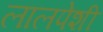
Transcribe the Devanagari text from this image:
लालपेशी